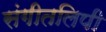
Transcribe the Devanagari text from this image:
संगीतलिपी